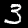
Label: 3